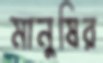
মানুষির